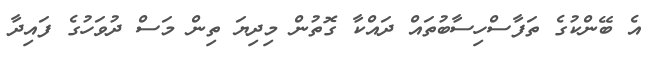
އެ ބޭންކުގެ ތަފާސްހިސާބުތައް ދައްކާ ގޮތުން މިދިޔަ ތިން މަސް ދުވަހުގެ ފައިދާ